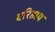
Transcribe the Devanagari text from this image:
वरिष्ठाय